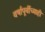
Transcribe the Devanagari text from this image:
वर्षापूर्वीच्याही